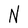
Character: N